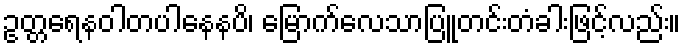
ဥတ္တရေနဝါတပါနေနပိ၊ မြောက်လေသာပြူတင်းတံခါးဖြင့်လည်း။